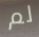
لم